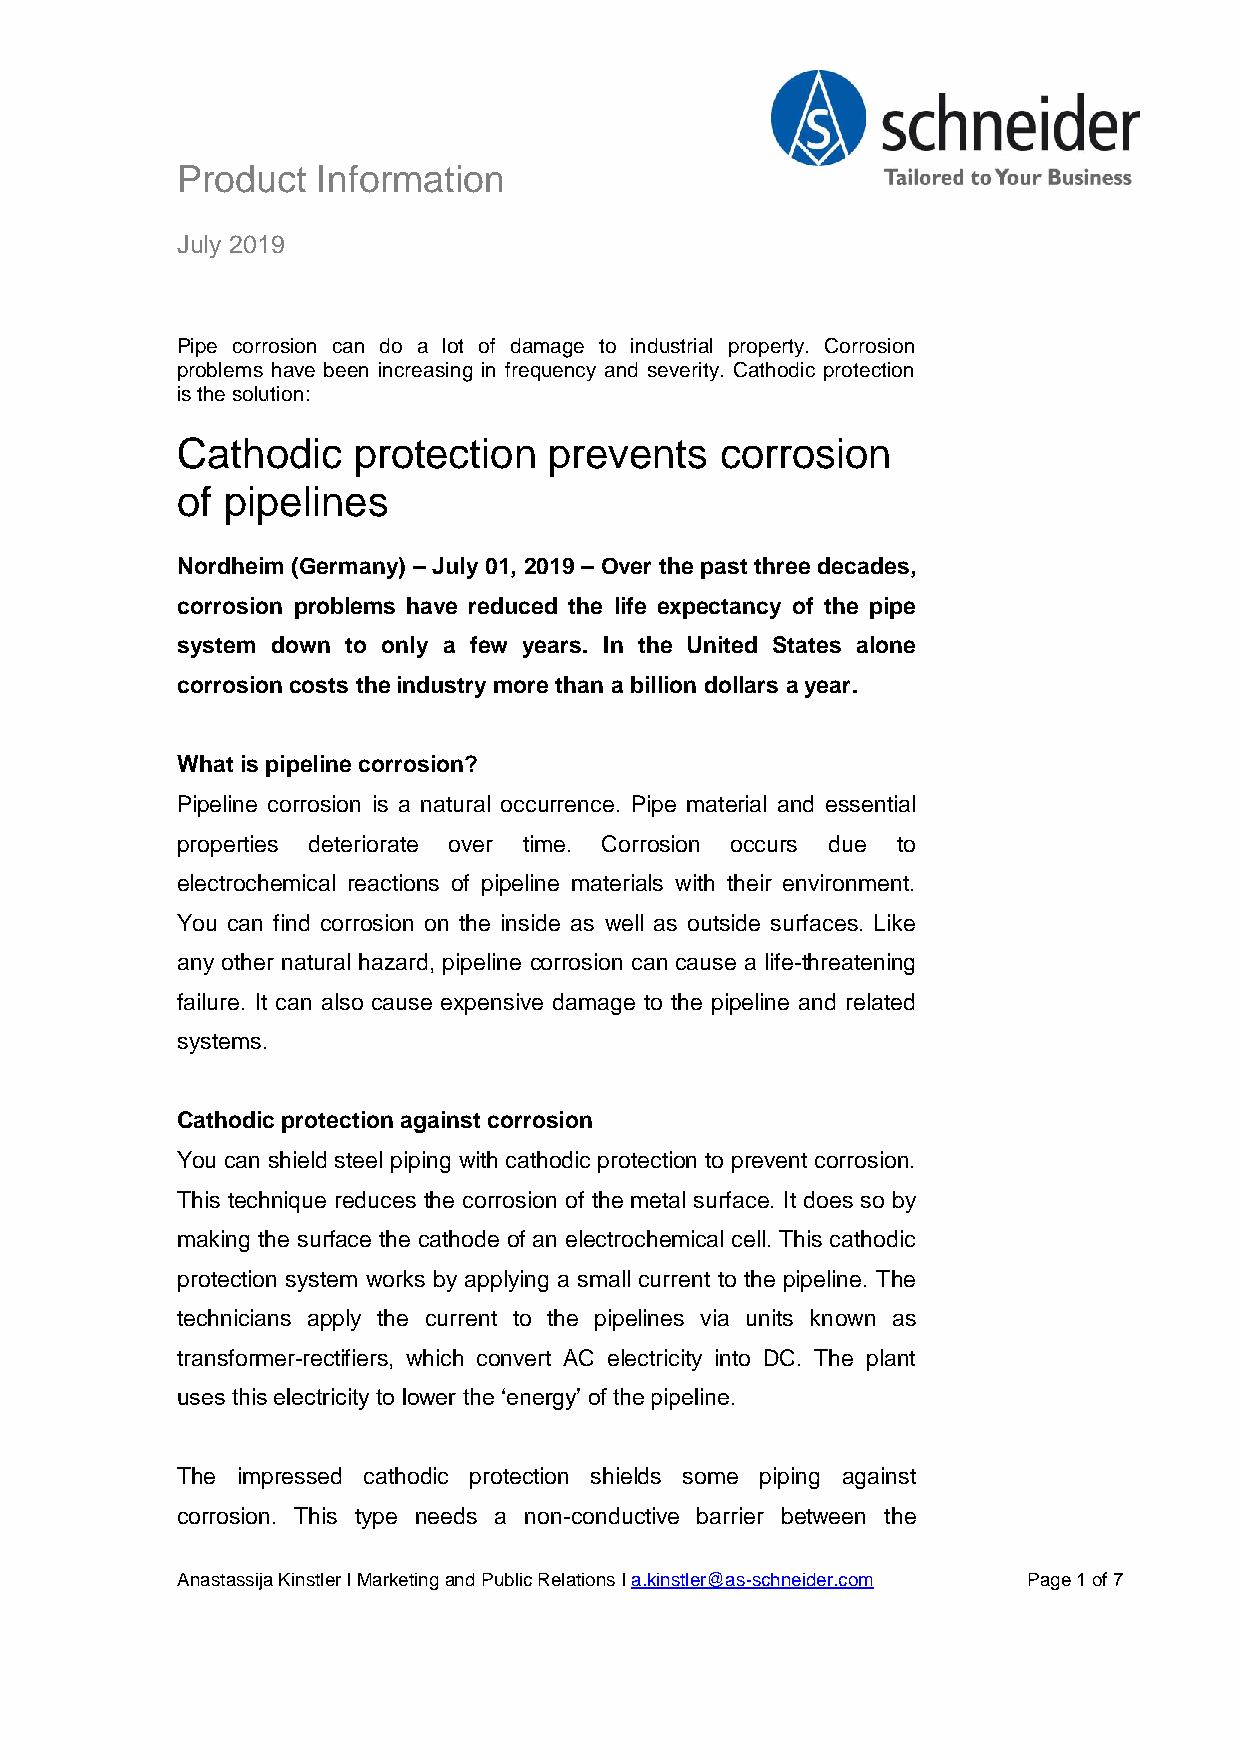
Product  Information
 July 2019
 Pipe corrosion can do a lot of damage to industrial property. Corrosion
 problems have been increasing in frequency and severity. Cathodic protection
 is the solution:
 Cathodic   protection   prevents    corrosion
 of pipelines
 Nordheim (Germany) – July 01, 2019 – Over the past three decades,
 corrosion problems have reduced the life expectancy of the pipe
 system down to only a few years. In the United States alone
 corrosion costs the industry more than a billion dollars a year.
 What is pipeline corrosion?
 Pipeline corrosion is a natural occurrence. Pipe material and essential
 properties deteriorate over time. Corrosion occurs due to
 electrochemical reactions of pipeline materials with their environment.
 You can find corrosion on the inside as well as outside surfaces. Like
 any other natural hazard, pipeline corrosion can cause a life-threatening
 failure. It can also cause expensive damage to the pipeline and related
 systems.
 Cathodic protection against corrosion
 You can shield steel piping with cathodic protection to prevent corrosion.
 This technique reduces the corrosion of the metal surface. It does so by
 making the surface the cathode of an electrochemical cell. This cathodic
 protection system works by applying a small current to the pipeline. The
 technicians apply the current to the pipelines via units known as
 transformer-rectifiers, which convert AC electricity into DC. The plant
 uses this electricity to lower the ‘energy’ of the pipeline.
 The impressed cathodic protection shields some piping against
 corrosion. This type needs a non-conductive barrier between the
 Anastassija Kinstler I Marketing and Public Relations I a.kinstler@as-schneider.com Page 1 of 7